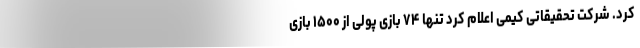
کرد. شرکت تحقیقاتی کیمِی اعلام کرد تنها ۷۴ بازی پولی از ۱۵۰۰ بازی